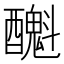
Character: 𨣫